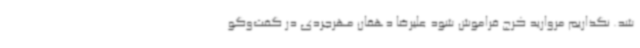
شد. نگذاریم مروارید کرج فراموش شود علیرضا دهقان مهرجردی در گفت‌وگو